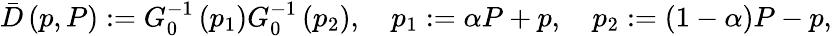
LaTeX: \bar{D}\left(p,P\right):=G_{0}^{-1}\left(p_{1}\right)G_{0}^{-1}\left(p_{2}\right),\quad p_{1}:=\alpha P+p,\quad p_{2}:=(1-\alpha)P-p,